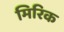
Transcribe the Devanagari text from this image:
मिरिक